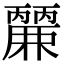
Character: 𮭹